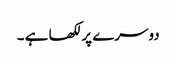
دوسرے پر لکھا ہے ۔